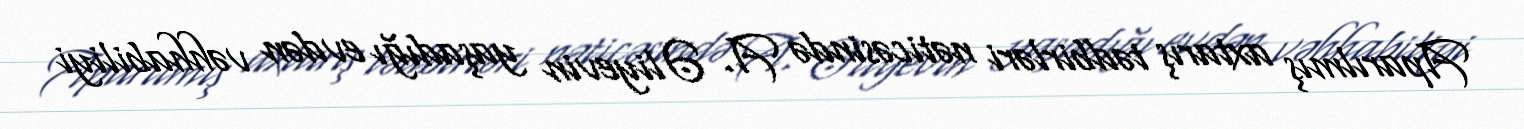
Aparılmış axtarış tədbirləri nəticəsində A. Əliyevin yaşadığı evdən vəhhabiliyi